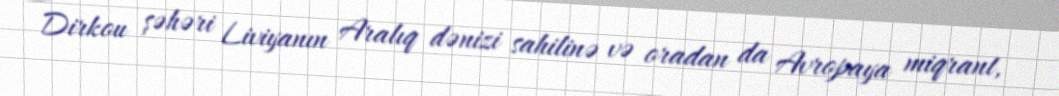
Dirkou şəhəri Liviyanın Aralıq dənizi sahilinə və oradan da Avropaya miqrant,